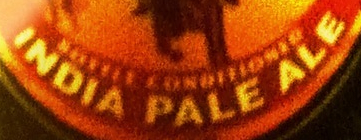
INDIA PALE ALE